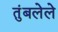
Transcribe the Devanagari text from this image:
तुंबलेले